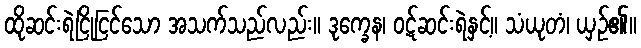
ထိုဆင်းရဲငြိုငြင်သော အသက်သည်လည်း။ ဒုက္ခေန၊ ဝဋ်ဆင်းရဲနှင့်။ သံယုတံ၊ ယှဉ်၏။